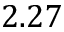
2 . 2 7